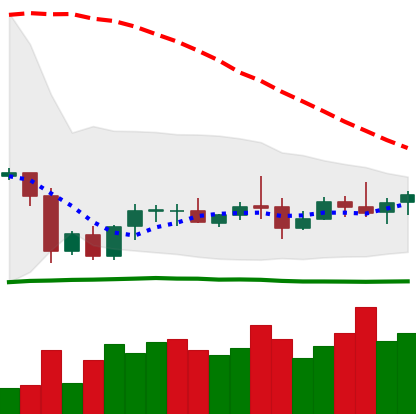
Ticker: LTC-USD
Chart end date: 2020-10-08
Forward return: 5.765%
Label: up_5_7